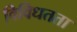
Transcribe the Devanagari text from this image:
विविधतता